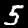
Digit: 5